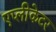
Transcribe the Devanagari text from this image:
एप्लीकेटर